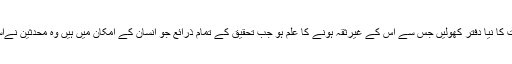
اب آپ اپنی تحقیقات کا نیا دفتر کھولیں جس سے اس کے غیرثقہ ہونے کا علم ہو جب تحقیق کے تمام ذرائع جو انسان کے امکان میں ہیں وہ محدثین نےاستعمال کرلئے ہیں۔